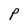
Character: P